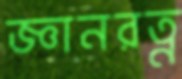
জ্ঞানরত্ন